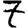
Digit: 7